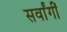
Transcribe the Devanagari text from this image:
सर्वांगीं